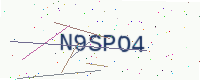
Text: N9SPO4